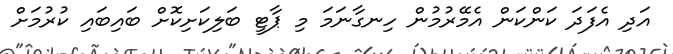
އަދި އެފަދަ ކަންކަން އެމޭރުމުން ހިނގާނަމަ މި ޕާޓީ ބަލިކަށިކޮށް ބައިބައި ކުރުމަށް